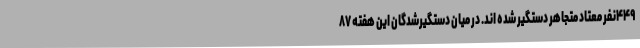
۴۴۹نفر معتاد متجاهر دستگیر شده اند. در میان دستگیرشدگان این هفته ۸۷